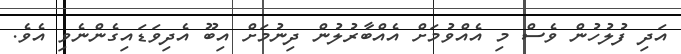
އަދި ފުލުހުން ވެސް މި އެއްވުމަށް އެއްބާރުލުން ދިނުމަށް އިބޫ އެދިވަޑައިގެންނެވި އެވެ.